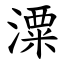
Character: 潥